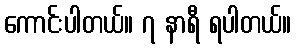
ကောင်းပါတယ်။ ၇ နာရီ ရပါတယ်။